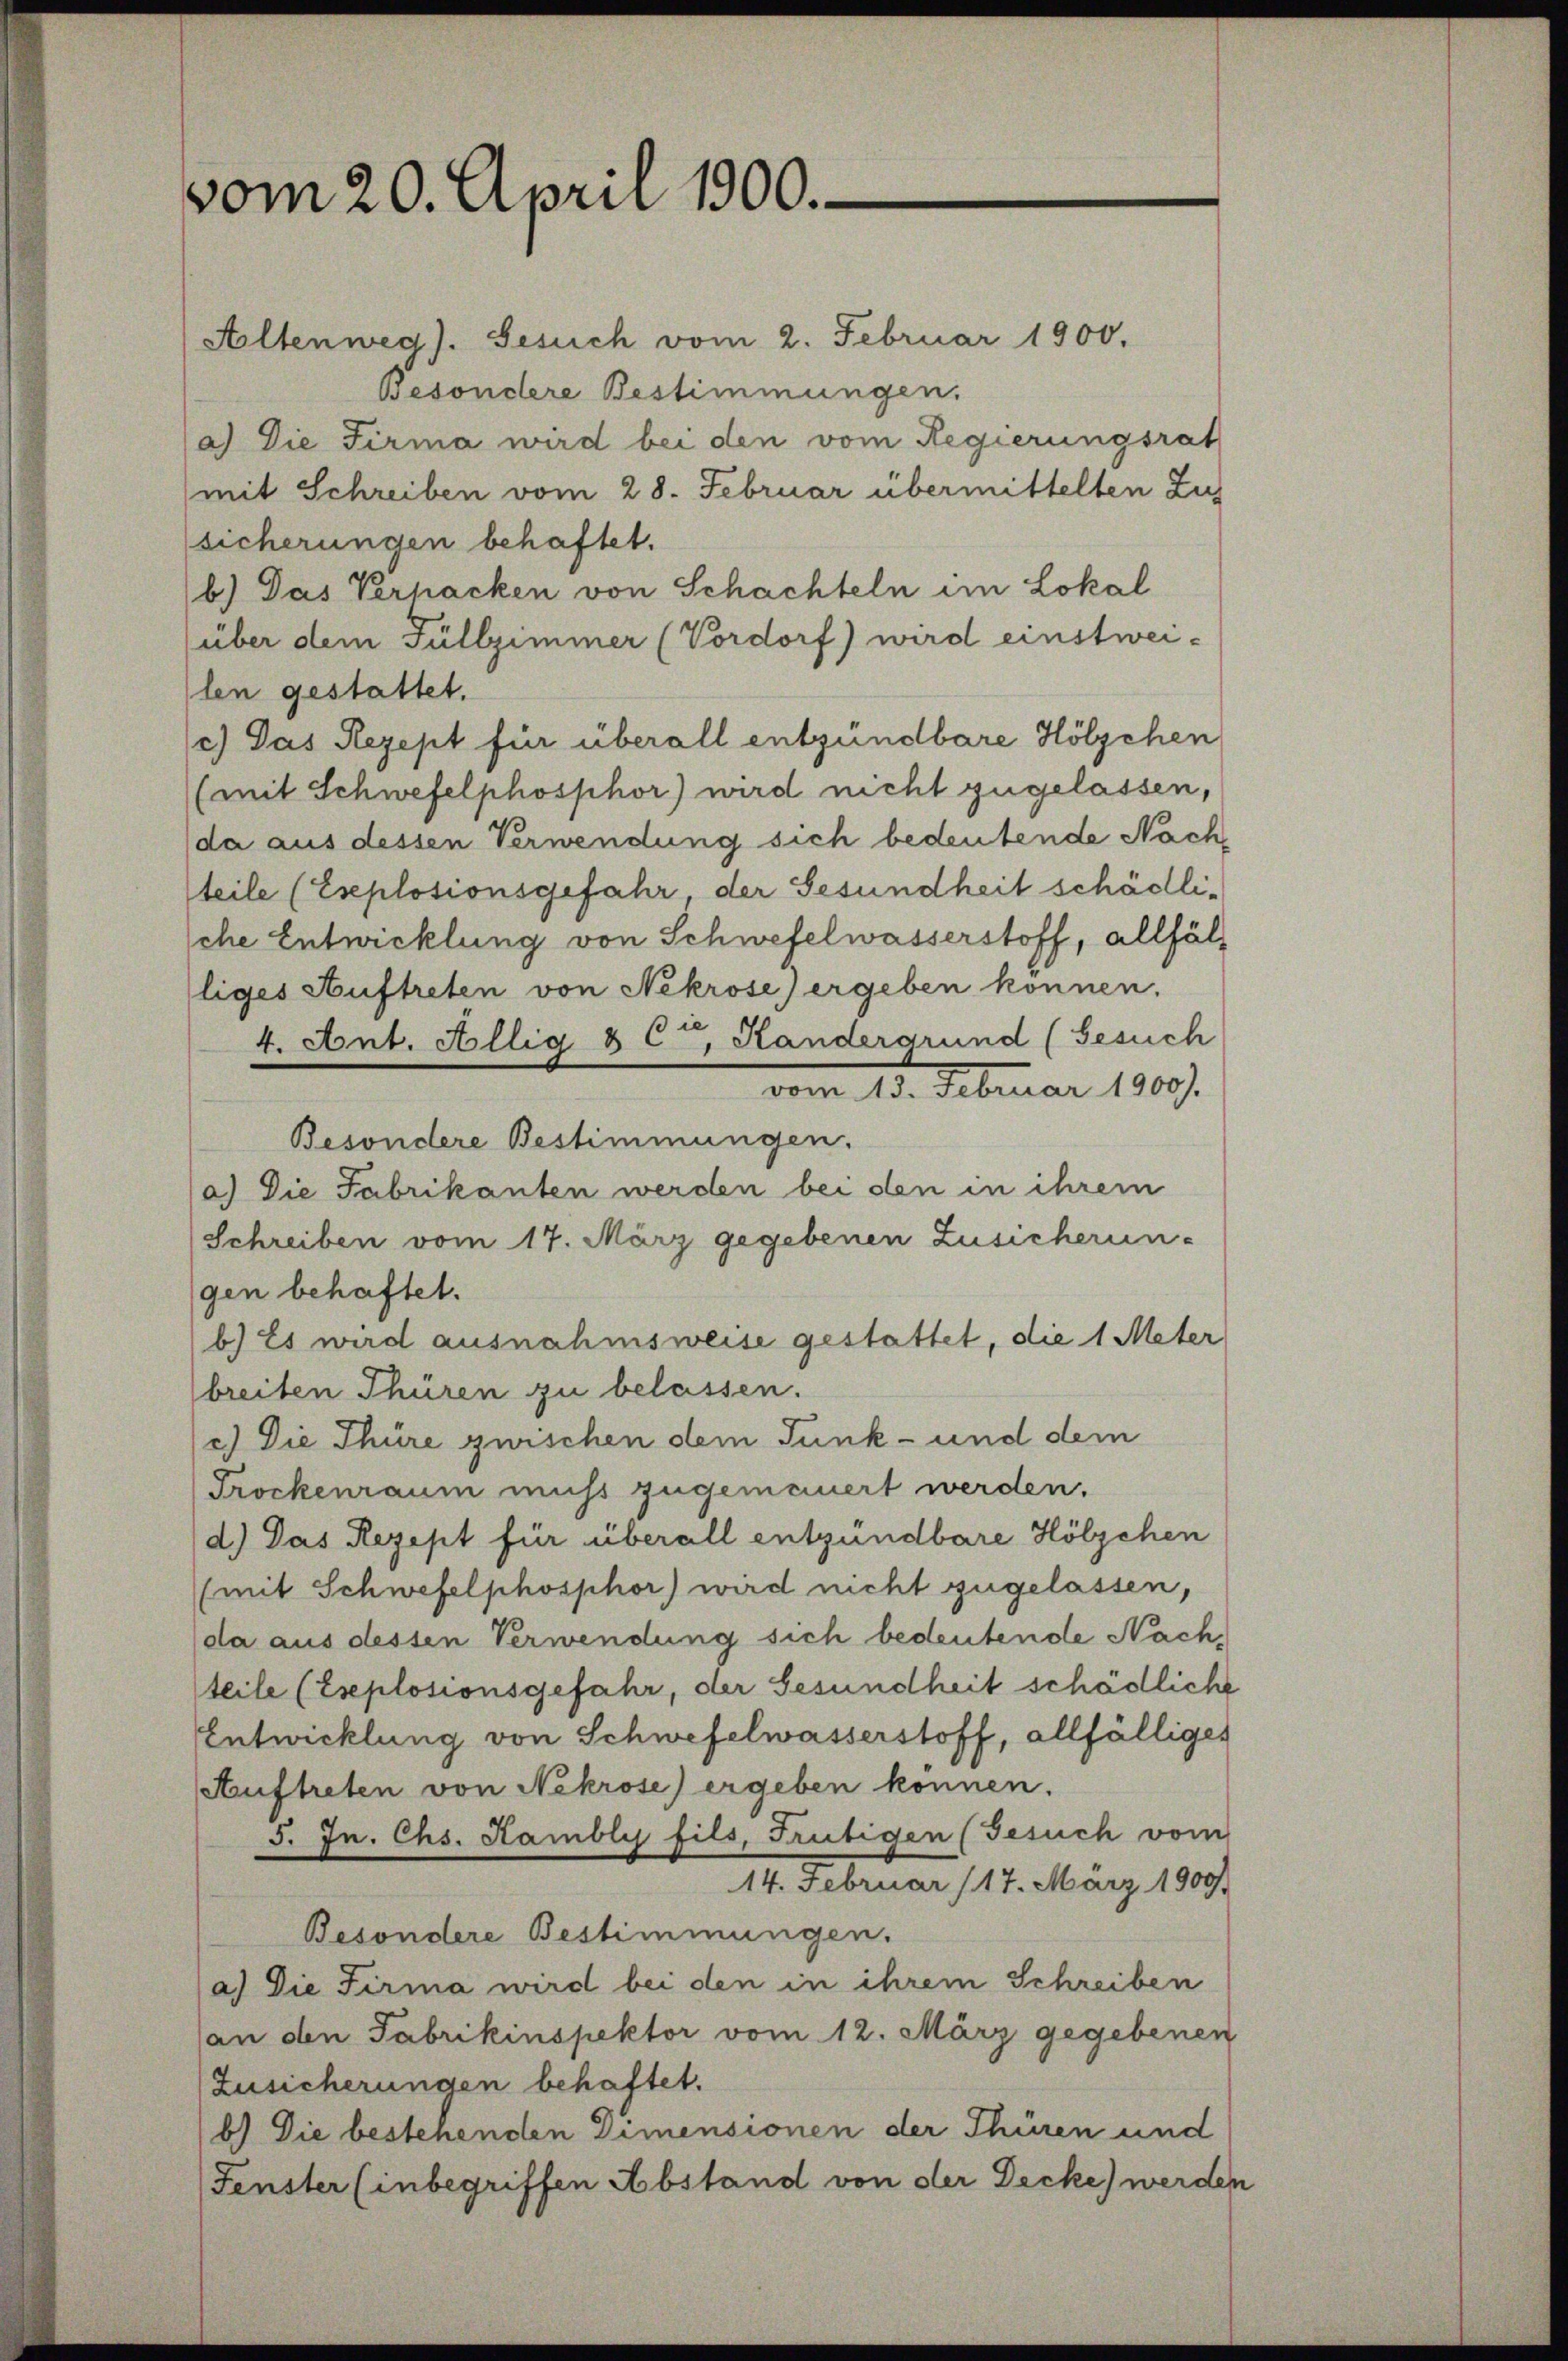
vom 20. April 1900.

Altenweg). Gesuch vom 2. Februar 1900.
Besondere Bestimmungen.
a) Die Firma wird bei den vom Regierungsrat
mit Schreiben vom 28. Februar übermittelten Zus
sicherungen behaftet.
b.) Das Verhacken von Schachteln im Lokal
über dem Füllzimmer (Vordorf) wird einstwei-
len gestattet.
c.) Das Rezept für überall entzündbare Hölzchen
(mit Schwefelphosphor) wird nicht zugelassen,
da aus dessen Verwendung sich bedeutende Nach
teile (Eseplosionsgefahr der Gesundheit schädlische Entwicklung von Schwefelwasserstoff, allfälliges Auftreten von Nekrose) ergeben können.
4. Ant. Hillig & C, Kandergrund (Gesuch
vom 13. Februar 1800.
Besondere Bestimmungen.
a.) Die Fabrikanten werden bei den in ihrem
Schreiben vom 17. März gegebenen Zusicherun
gen behaftet.
b) Es wird ausnahmsweise gestattet, die 1 Meter
breiten Thüren zu belassen.
c.) Die Thüre zwischen dem Tunk- und dem
Trockenraum muss zugemauert werden.
d.) Das Rezept für überall entzündbare Hölzchen
(mit Schwefelphosphor) wird nicht zugelassen,
(da aus dessen Verwendung sich bedeutende Nach,
teile (Explosionsgefahr, der Gesundheit schädliche
Entwicklung von Schwefelwasserstoff, allfälliges
Auftreten von Nekrose) ergeben können.
5. Jn. Chs. Kambly fils, Frutigen (Gesuch vom
14. Februar 17. März 1909.
Besondere Bestimmungen.
a.) Die Firma wird bei den in ihrem Schreiben
an den Fabrikinspektor vom 12. März gegebenen
Zusicherungen behaftet.
b) Die bestehenden Dimensionen der Thüren und
Fenster (inbegriffen Abstand von der Decke) werden